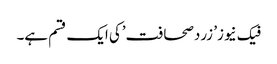
فیک نیوز’ زردصحافت’کی ایک قسم ہے۔